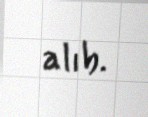
alıb.